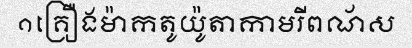
១គ្រឿងម៉ាកតូយ៉ូតាកាមរីពណ័ស